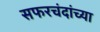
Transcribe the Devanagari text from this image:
सफरचंदांच्या